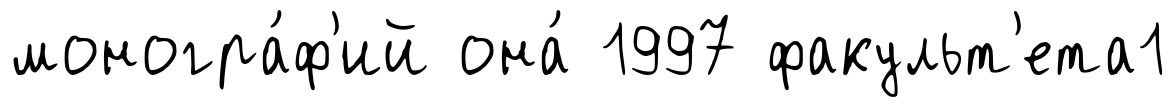
моногра́ф'ий она́ 1997 факульт'ета1